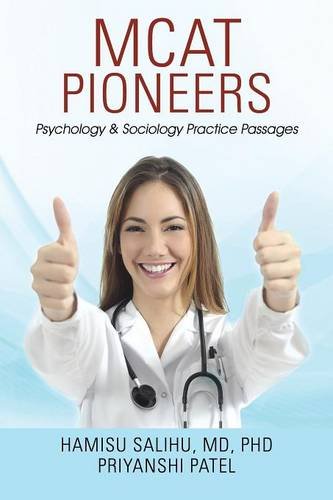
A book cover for MCAT Pioneers: Psychology & Sociology Practice Passages; MD PhD Hamisu Salihu; Politics & Social Sciences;